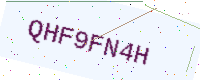
Text: QHF9FN4H